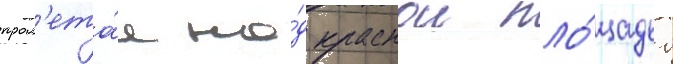
прол'ета́я на́д краснои пло́щадью